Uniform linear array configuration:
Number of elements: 32
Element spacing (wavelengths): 0.75
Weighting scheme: hamming
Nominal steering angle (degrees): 0
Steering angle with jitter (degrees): -1.192
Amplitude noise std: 0.05
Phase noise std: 0.05

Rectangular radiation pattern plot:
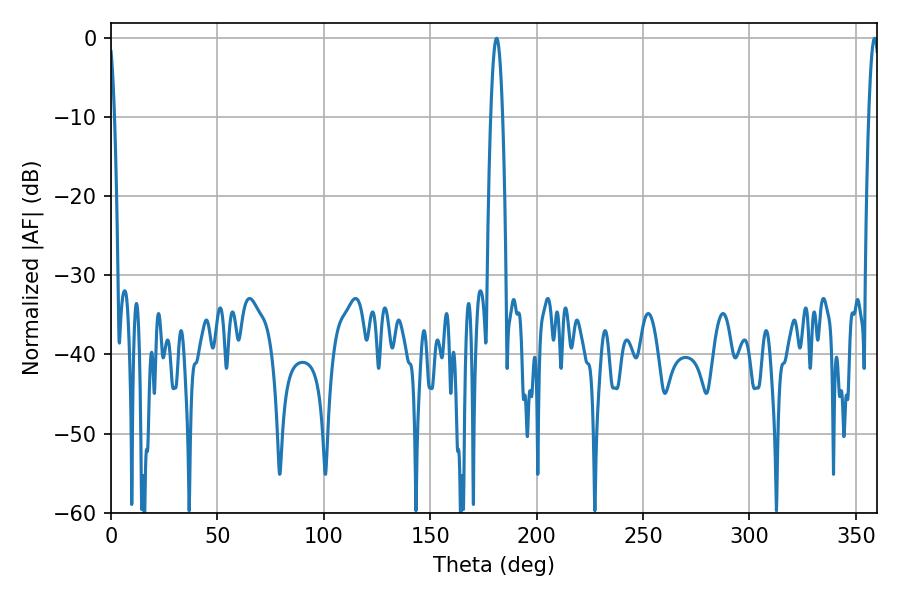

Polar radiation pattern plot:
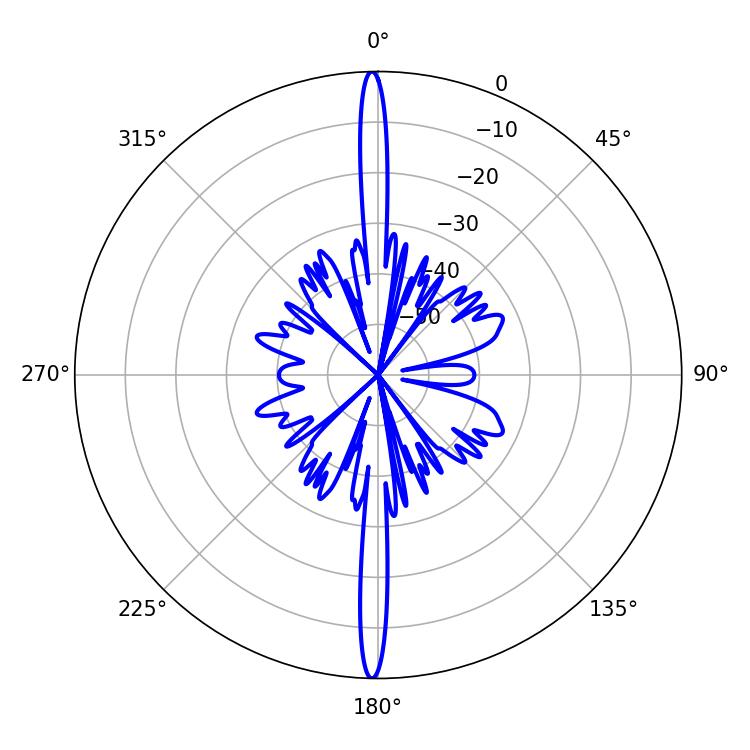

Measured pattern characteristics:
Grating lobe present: TRUE
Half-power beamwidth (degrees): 2.7
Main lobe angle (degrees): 358.74